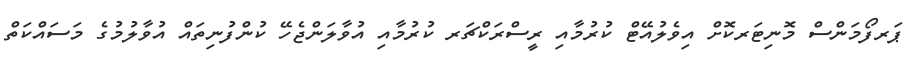
ޕަރފޯމަންސް މޮނިޓަރކޮށް އިވެލުއޭޓް ކުރުމާއި ރީސްރަކްޗަރ ކުރުމާއި އުވާލަންޖެހޭ ކުންފުނިތައް އުވާލުމުގެ މަސައްކަތް